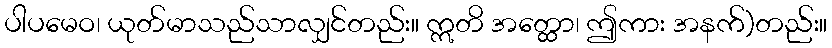
ပါပမေဝ၊ ယုတ်မာသည်သာလျှင်တည်း။ ဣတိ အတ္ထော၊ ဤကား အနက်)တည်း။